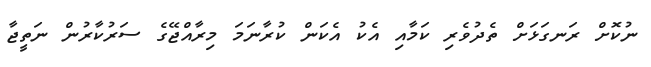
ނުކޮށް ރަނގަޅަށް ތެދުވެރި ކަމާއި އެކު އެކަން ކުރާނަމަ މިރާއްޖޭގެ ސަރުކާރުން ނަތީޖާ